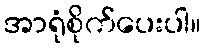
အာရုံစိုက်ပေးပါ။